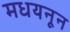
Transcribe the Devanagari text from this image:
मधयनून